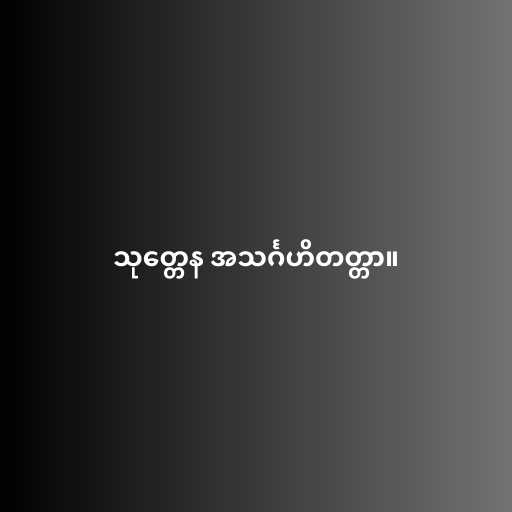
သုတ္တေန အသင်္ဂဟိတတ္တာ။